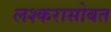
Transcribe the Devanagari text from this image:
लश्करासोबत